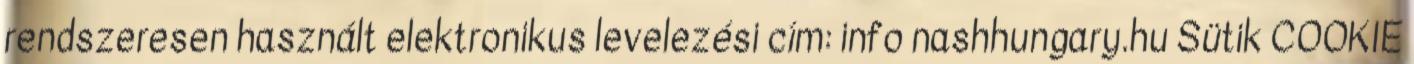
rendszeresen használt elektronikus levelezési cím: info nashhungary.hu Sütik COOKIE